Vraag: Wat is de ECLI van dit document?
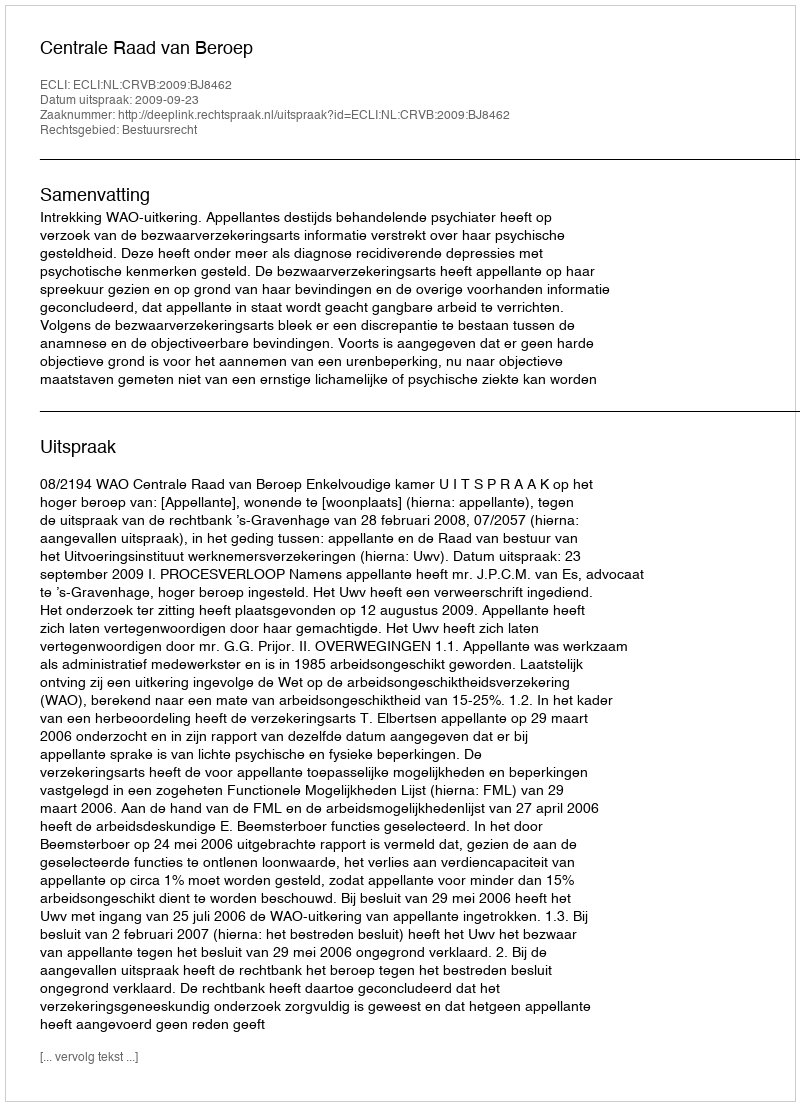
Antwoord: ECLI:NL:CRVB:2009:BJ8462